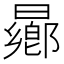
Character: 曏